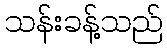
သန်းခန့်သည်